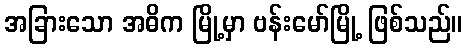
အခြားသော အဓိက မြို့မှာ ဗန်းမော်မြို့ ဖြစ်သည်။